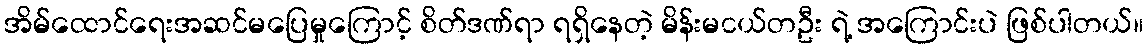
အိမ်ထောင်ရေးအဆင်မပြေမှုကြောင့် စိတ်ဒဏ်ရာ ရရှိနေတဲ့ မိန်းမငယ်တဦး ရဲ့ အကြောင်းပဲ ဖြစ်ပါတယ်။